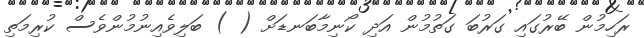
ރަހިމުން ބޭރުގައި ގަރުބަ ގަތުމުން އަދި ކޯނިމާބަނޑަށް ( ) ބަލިވެއިނުމުންވެސް ކުރިމަތި